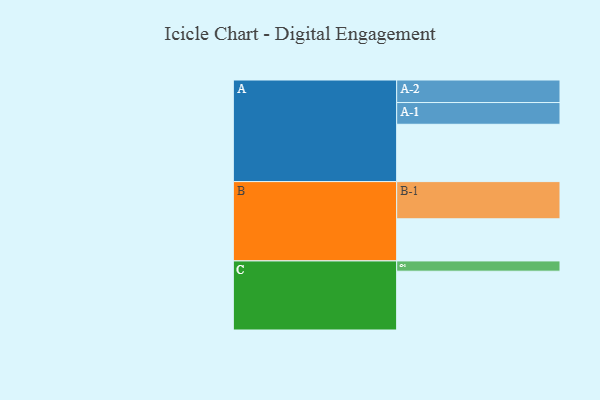
{"axis": {"x": "Segment", "y": "Value"}, "legend": ["", "A", "B", "C"], "data": [{"x": "A", "y": 430, "type": ""}, {"x": "B", "y": 316, "type": ""}, {"x": "C", "y": 441, "type": ""}, {"x": "A-1", "y": 163, "type": "A"}, {"x": "A-2", "y": 169, "type": "A"}, {"x": "B-1", "y": 279, "type": "B"}, {"x": "C-1", "y": 77, "type": "C"}]}